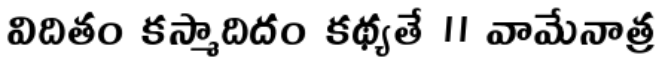
విదితం కస్మాదిదం కథ్యతే ।। వామేనాత్ర